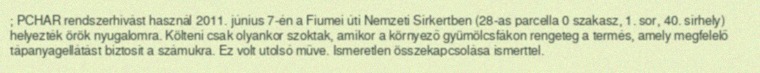
; PCHAR rendszerhívást használ 2011. június 7-én a Fiumei úti Nemzeti Sírkertben (28-as parcella 0 szakasz, 1. sor, 40. sírhely) helyezték örök nyugalomra. Költeni csak olyankor szoktak, amikor a környező gyümölcsfákon rengeteg a termés, amely megfelelő tápanyagellátást biztosít a számukra. Ez volt utolsó műve. Ismeretlen összekapcsolása ismerttel.